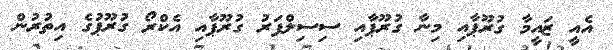
އެއީ ޒައީމާ ގުރޫޕާއި މިނާ ގުރޫޕާއި ސިސިލްފަރު ގުރޫޕާއި އެކްރޯ ގުރޫޕުގެ އިތުރުން